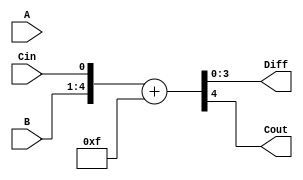
module Carrylookahead_Subtractor (
    input [3:0] A, B,
    input Cin,
    output [3:0] Diff,
    output Cout
);

assign {Cout, Diff} = {A,B,Cin} + 4'b1111;

endmodule